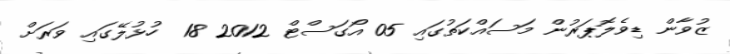
ޒުވާން ޑިވެލޮޕަރުން މަސައްކަތުގައި 05 އޯގަސްޓް 2012 18  ހުޅުލޭގައި ވަރަށް